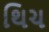
થિચ